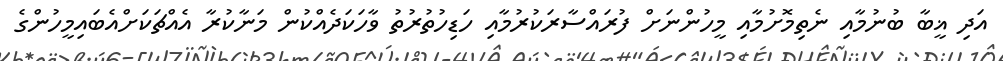
އަދި ޣީބާ ބުނުމާއި ނެތިމޮށުމާއި މީހުންނަށް ފުރައްސާރަކުރުމާއި ހަޑިހުތުރުތު ވާހަކަދެއްކުން މަނާކުރާ އެއްޗަކަށްއެބައިމީހުންގެ